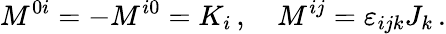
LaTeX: M^{0i}=-M^{i0}=K_{i}\, ,\quad M^{ij}=\varepsilon_{ijk}J_{k}\, .